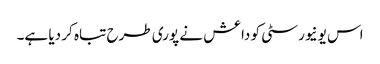
اس یونیورسٹی کو داعش نے پوری طرح تباہ کر دیا ہے۔